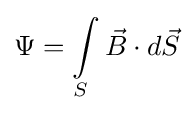
\Psi =\int \limits _{S}{\vec {B}}\cdot d{\vec {S}}